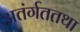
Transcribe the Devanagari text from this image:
अतंर्गततथा